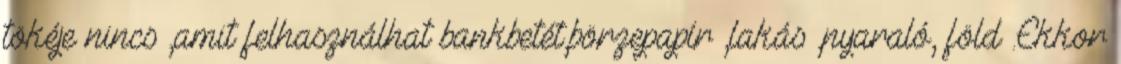
tökéje nincs ,amit felhasználhat bankbetét,börzepapír ,lakás ,nyaraló, föld .Ekkor